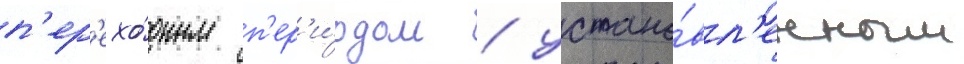
п'ер'ехо́дным п'ер'и́одом / устано́вл'енным